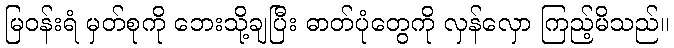
မြဝန်းရံ မှတ်စုကို ဘေးသို့ချပြီး ဓာတ်ပုံတွေကို လှန်လှော ကြည့်မိသည်။